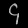
Digit: ၄